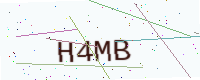
Text: H4MB